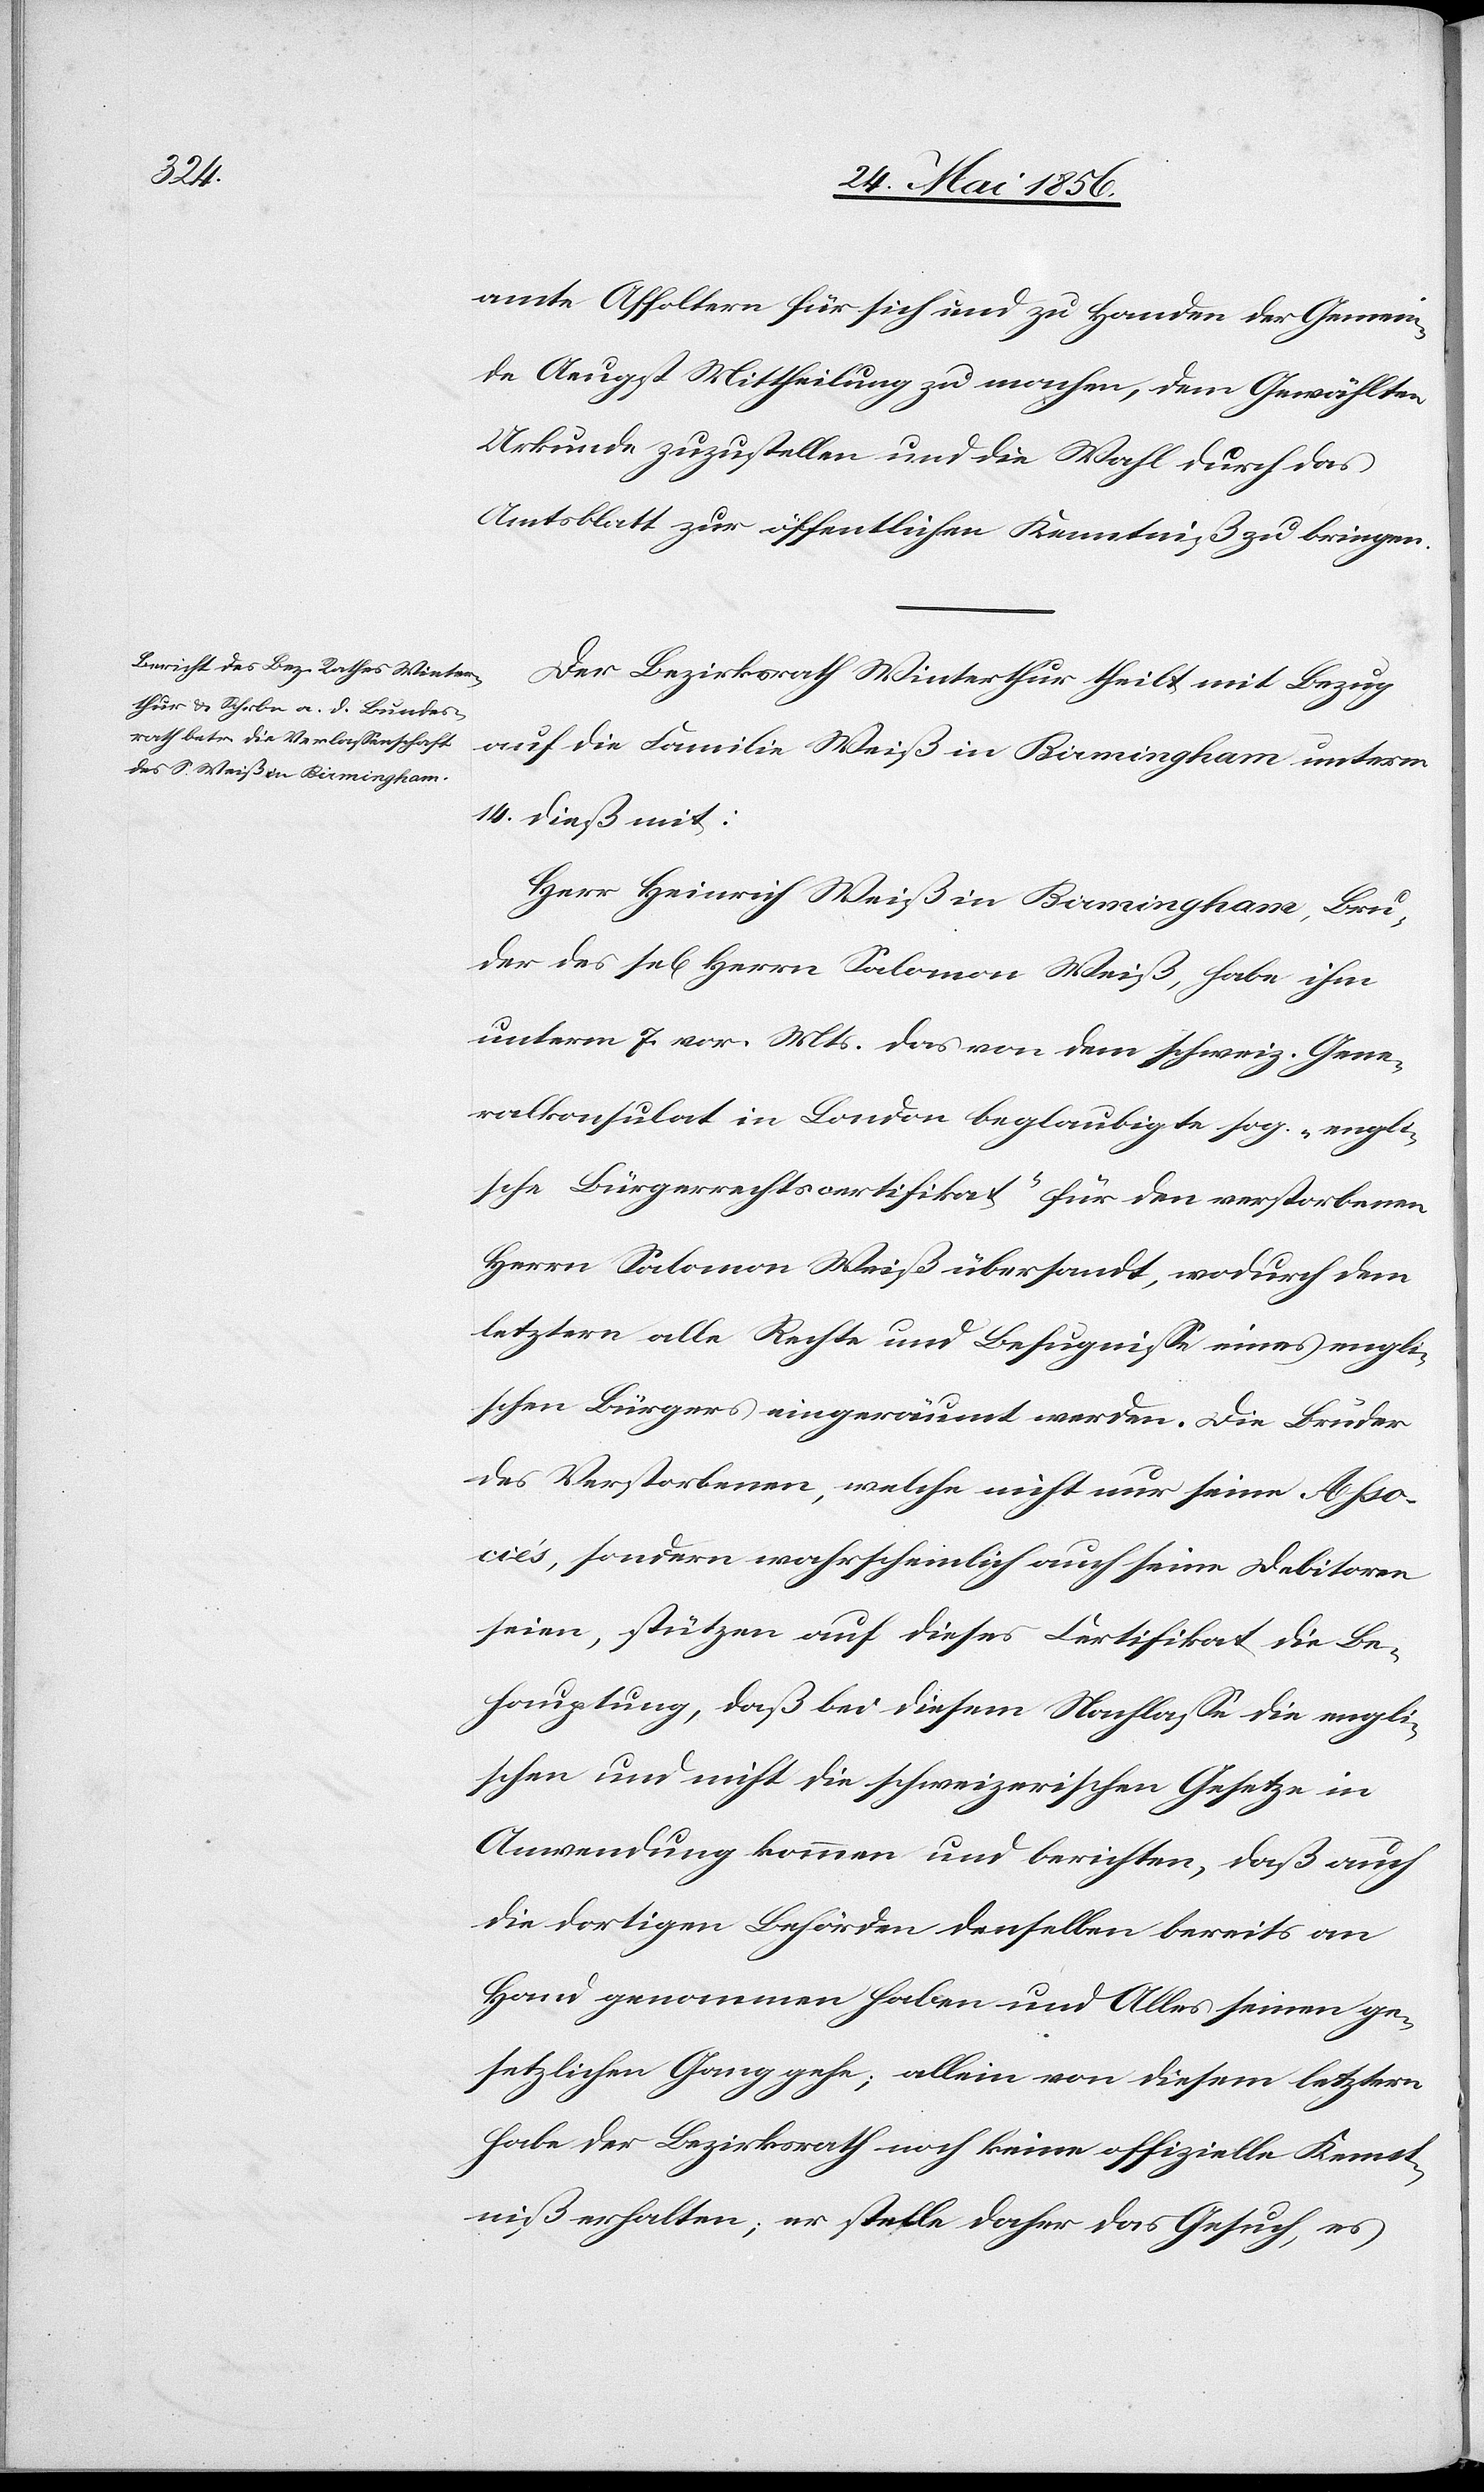
amte Affoltern für sich und zu Handen der Gemein¬
de Aeugst Mittheilung zu machen, dem Gewählten
Urkunde zuzustellen und die Wahl durch das
Amtsblatt zur öffentlichen Kenntniß zu bringen.
Der Bezirksrath Winterthur theilt mit Bezug
auf die Familie Weiß in Birmingham unterm
14. dieß mit:
Herr Heinrich Weiß in Birmingham, Bru¬
der des sel[igen] Herrn Salomon Weiß, habe ihm
unterm 7. vor. Mts. das von dem schweiz. Gene¬
ralkonsulat in London beglaubigte sog. „engli¬
sche Bürgerrechtscertifikat“ für den verstorbenen
Herrn Salomon Weiß übersandt, wodurch dem
letztern alle Rechte und Befugnisse eines engli¬
schen Bürgers eingeräumt werden. Die Brüder
des Verstorbenen, welche nicht nur seine Asso¬
ciés, sondern wahrscheinlich auch seine Debitoren
seien, stützen auf dieses Certifikat die Be¬
hauptung., daß bei diesem Nachlasse die engli¬
schen und nicht die schweizerischen Gesetze in
Anwendung kommen und berichten, daß auch
die dortigen Behörden denselben bereits an
Hand genommen haben und Alles seinen ge¬
setzlichen Gang gehe; allein von diesem letztern
habe der Bezirksrath noch keine offizielle Kennt¬
niß erhalten; er stelle daher das Gesuch, es